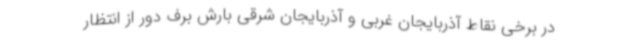
در برخی نقاط آذربایجان غربی و آذربایجان شرقی بارش برف دور از انتظار